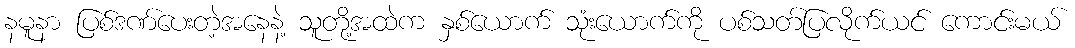
နမူနာ ပြစ်ဒဏ်ပေးတဲ့အနေနဲ့ သူတို့အထဲက နှစ်ယောက် သုံးယောက်ကို ပစ်သတ်ပြလိုက်ယင် ကောင်းမယ်